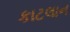
કાટલાન